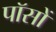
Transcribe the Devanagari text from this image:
पॉसों